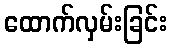
ထောက်လှမ်းခြင်း